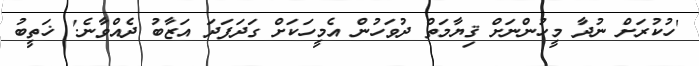
'ހުކުރަށް ނުދާ މީހުންނަށް ޤިޔާމަތް ދުވަހުން އެމީހަކަށް ގަދަފަދަ އަޒާބު ދެއްވާނެ.' ޚަތީބު